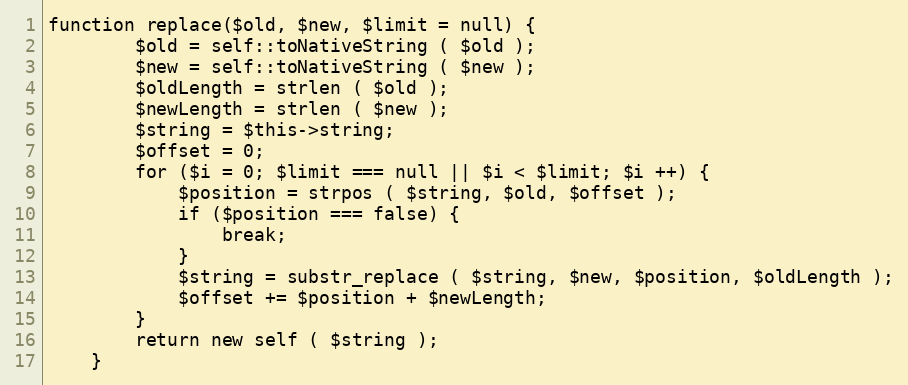
Language: PHP
function replace($old, $new, $limit = null) {
		$old = self::toNativeString ( $old );
		$new = self::toNativeString ( $new );
		$oldLength = strlen ( $old );
		$newLength = strlen ( $new );
		$string = $this->string;
		$offset = 0;
		for ($i = 0; $limit === null || $i < $limit; $i ++) {
			$position = strpos ( $string, $old, $offset );
			if ($position === false) {
				break;
			}
			$string = substr_replace ( $string, $new, $position, $oldLength );
			$offset += $position + $newLength;
		}
		return new self ( $string );
	}